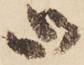
御